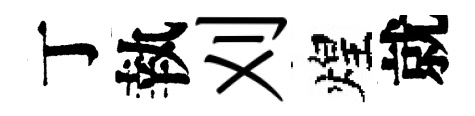
丁執刈煌就